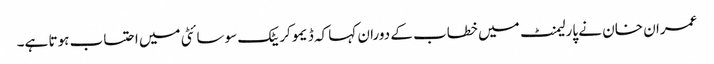
عمران خان نے پارلیمنٹ میں خطاب کے دوران کہا کہ ڈیموکریٹک سوسائٹی میں احتساب ہوتا ہے۔